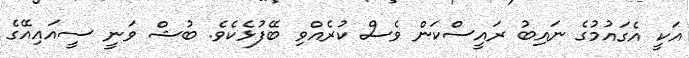
އަކީ އެގައުމުގެ ނައިބު ރައީސްކަން ވެސް ކުރެއްވި ބޭފުޅެކެވެ. ބުޝް ވަނީ ސީއައިއޭގެ